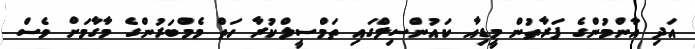
އަދި އާންމުންގެ ފަރާތުން މީޑިއާ ކައުންސިލްގައި ތަމްސީލްކުރާ ހަތް މެމްބަރުންގެ މާގާމަށް ވެސް